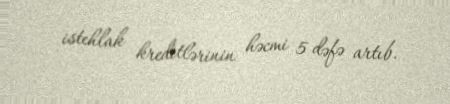
istehlak kreditlərinin həcmi 5 dəfə artıb.